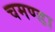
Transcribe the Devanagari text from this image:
चमण्डा